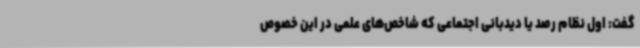
گفت: اول نظام رصد یا دیدبانی اجتماعی که شاخص‌های علمی در این خصوص